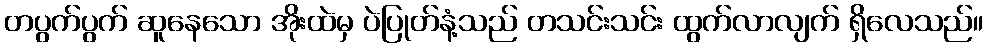
တပွက်ပွက် ဆူနေသော အိုးထဲမှ ပဲပြုတ်နံ့သည် တသင်းသင်း ထွက်လာလျက် ရှိလေသည်။